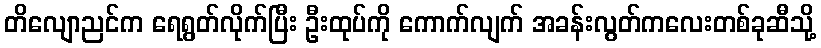
တိလျောညင်က ရေရွတ်လိုက်ပြီး ဦးထုပ်ကို ကောက်လျက် အခန်းလွတ်ကလေးတစ်ခုဆီသို့